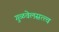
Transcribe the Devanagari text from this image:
गुळवेलसत्त्व